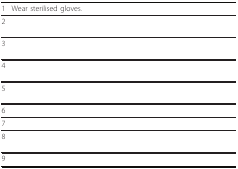
<table><thead><tr><td><b>1</b></td><td><b>Wear sterilised gloves.</b></td></tr></thead><tbody><tr><td>2</td><td>[EMPTY_CELL]</td></tr><tr><td>3</td><td>[EMPTY_CELL]</td></tr><tr><td>4</td><td>[EMPTY_CELL]</td></tr><tr><td>5</td><td>[EMPTY_CELL]</td></tr><tr><td>6</td><td>[EMPTY_CELL]</td></tr><tr><td>7</td><td>[EMPTY_CELL]</td></tr><tr><td>8</td><td>[EMPTY_CELL]</td></tr><tr><td>9</td><td>[EMPTY_CELL]</td></tr></tbody></table>